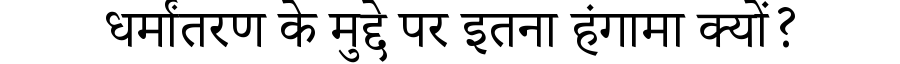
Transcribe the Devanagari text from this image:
धर्मांतरण के मुद्दे पर इतना हंगामा क्यों?